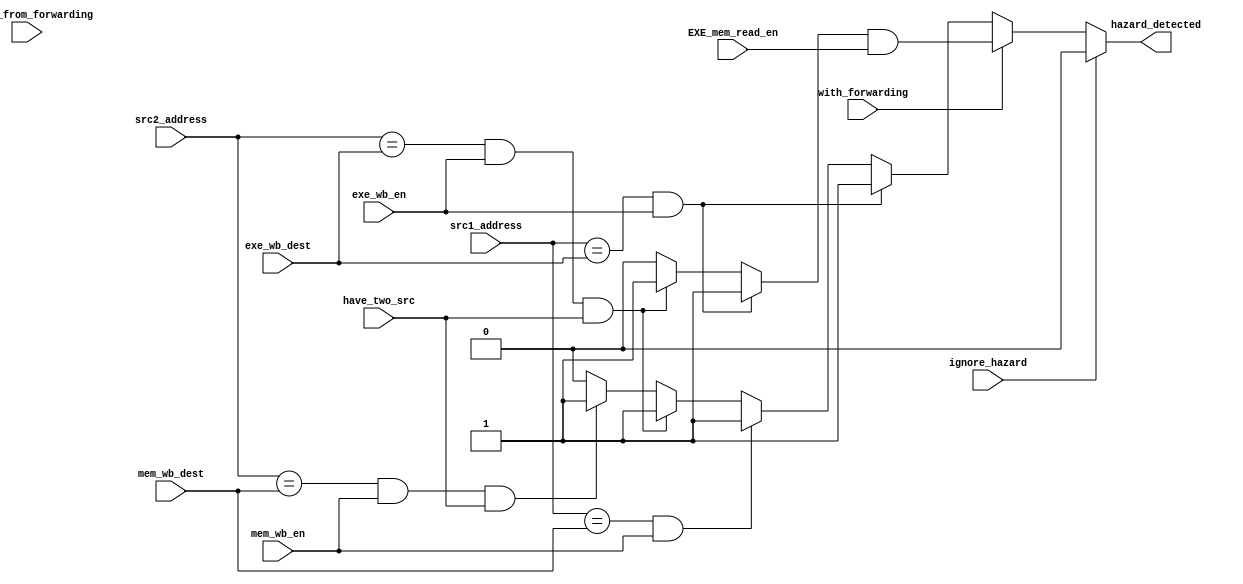
module hazard_detection_unit (input with_forwarding, input have_two_src, ignore_hazard, 
    input ignore_from_forwarding, input EXE_mem_read_en, input [3:0] src1_address, src2_address, input [3:0] exe_wb_dest, mem_wb_dest,
    input exe_wb_en, mem_wb_en,  output hazard_detected);
    
    wire internal_hazard_with_forwarding;
    wire hazard_without_forwarding;

    assign hazard_with_forwarding = ((src1_address == exe_wb_dest) && (exe_wb_en == 1'b1)) ? 1'b1
            : ((src2_address == exe_wb_dest) && (exe_wb_en == 1'b1) && (have_two_src == 1'b1)) ? 1'b1
            : 1'b0;

    assign hazard_without_forwarding = ((src1_address == exe_wb_dest) && (exe_wb_en == 1'b1)) ? 1'b1
            : ((src1_address == mem_wb_dest) && (mem_wb_en == 1'b1)) ? 1'b1
            : ((src2_address == exe_wb_dest) && (exe_wb_en == 1'b1) && (have_two_src == 1'b1)) ? 1'b1
            : ((src2_address == mem_wb_dest) && (mem_wb_en == 1'b1) && (have_two_src == 1'b1)) ? 1'b1
            : 1'b0;
    
    // assign hazard_detected = internal_hazard & (~ignore_from_forwarding | EXE_mem_read_en);
    assign hazard_detected = (ignore_hazard == 1'b1) ? 1'b0
        : (with_forwarding == 1'b1) ? hazard_with_forwarding & EXE_mem_read_en
        : hazard_without_forwarding;
endmodule